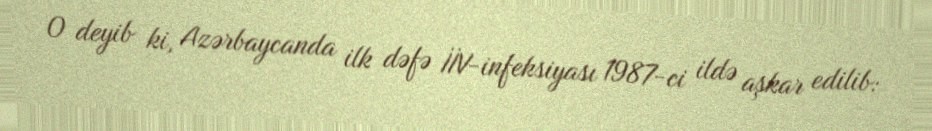
O deyib ki, Azərbaycanda ilk dəfə İİV-infeksiyası 1987-ci ildə aşkar edilib: